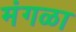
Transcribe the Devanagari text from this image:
मंगळा